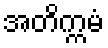
အတိက္ကမံ